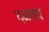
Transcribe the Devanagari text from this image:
दळतंय